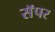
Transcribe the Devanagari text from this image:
सॅपर